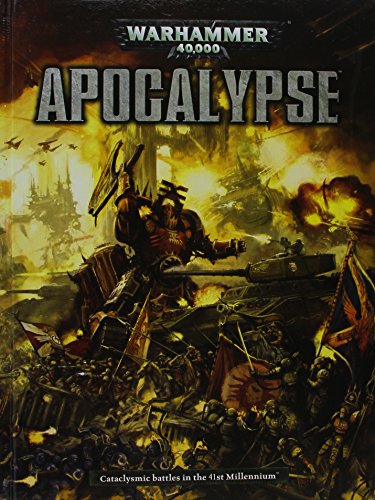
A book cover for Warhammer 40000: Apocalypse; Games Workshop; Science Fiction & Fantasy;